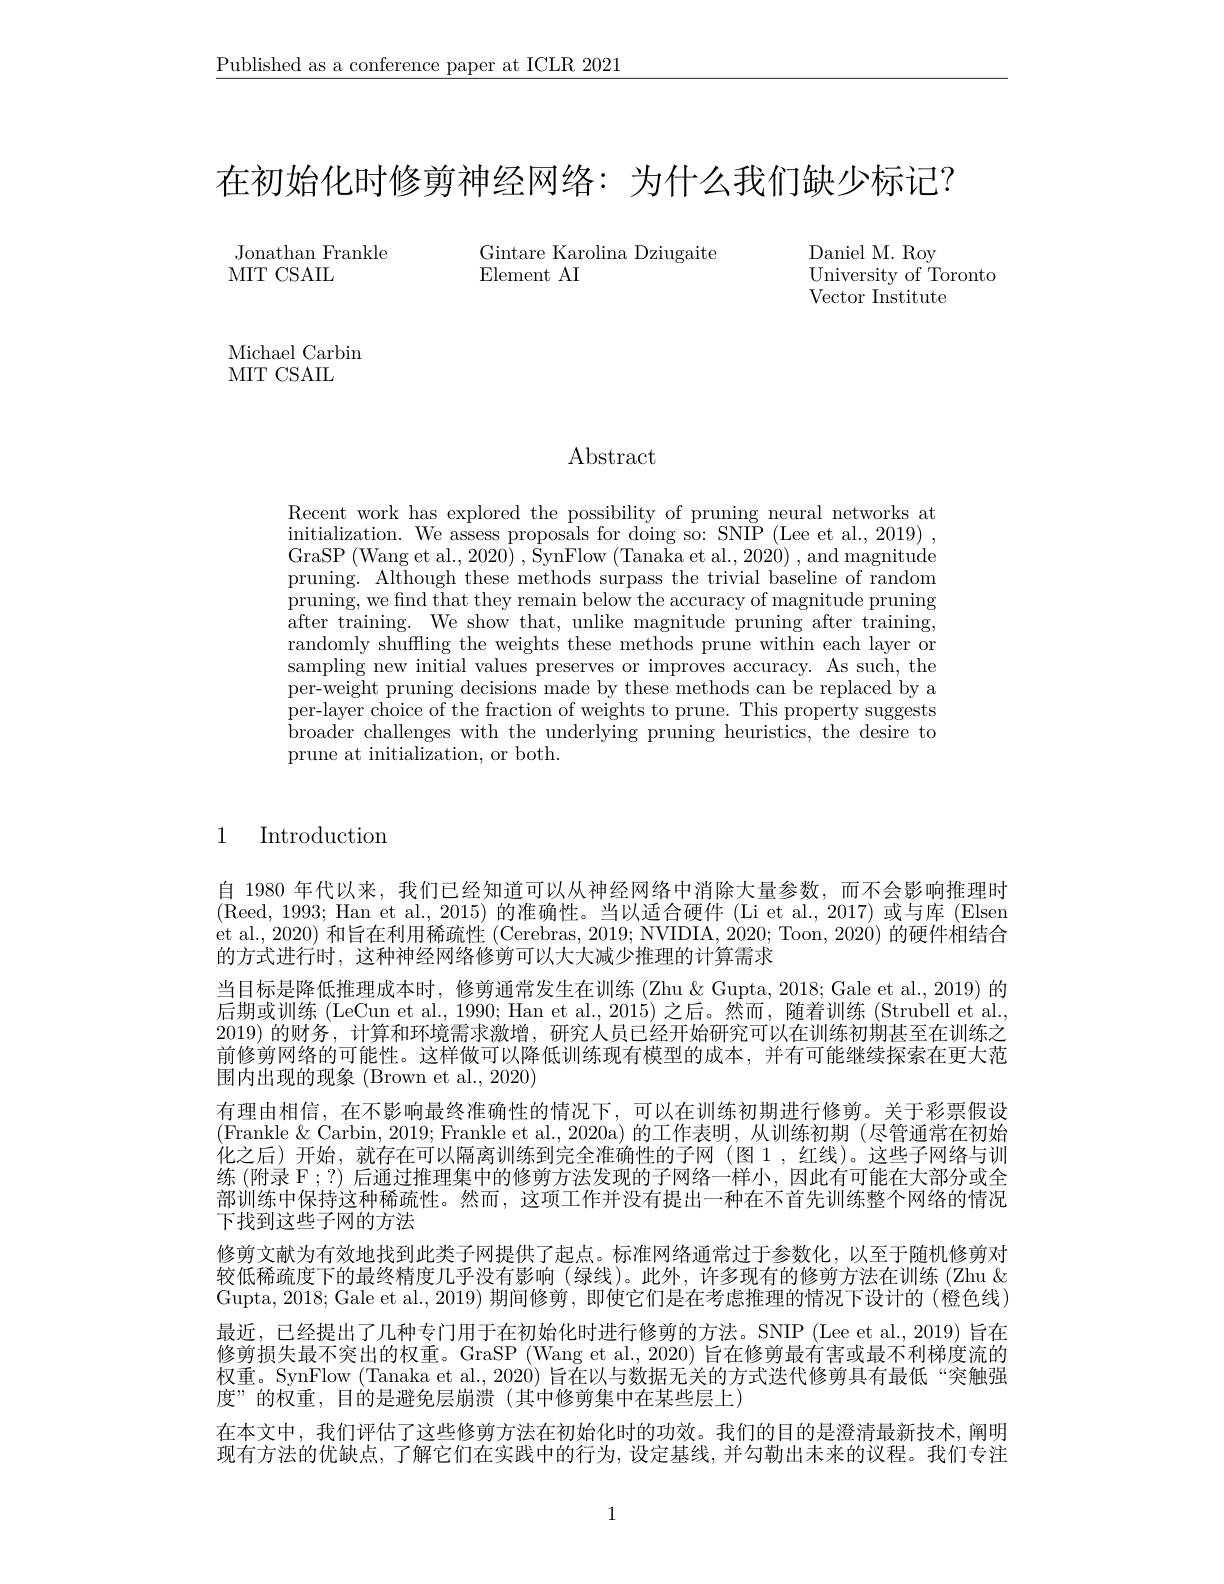
$\underline{\text{Published as a conference paper at ICLR 2021}}$

在初始化时修剪神经网络：为什么我们缺少标记？

Gintare Karolina Dziugaite
Element AI

Jonathan Frankle
MIT CSAIL

Daniel M. Roy
University of Toronto
Vector Institute

Michael Carbin
MIT CSAIL

Abstract

Recent work has explored the possibility of pruning neural networks at initialization. We assess proposals for doing so: SNIP (Lee et al., 2019) , pruning. Although these methods surpass the trivial baseline of random pruning, we find that they remain below the accuracy of magnitude pruning after training. We show that, unlike magnitude pruning after training, randomly shuffling the weights these methods prune within each layer or sampling new initial values preserves or improves accuracy. As such, the per-weight pruning decisions made by these methods can be replaced by a per-layer choice of the fraction of weights to prune. This property suggests broader challenges with the underlying pruning heuristics, the desire to prune at initialization, or both.

1 Introduction

自 1980 年代以来，我们已经知道可以从神经网络中消除大量参数，而不会影响推理时(Reed, 1993; Han et al., 2015) 的准确性。当以适合硬件 (Li et al., 2017) 或与库 (Elsen et al., 2020) 和旨在利用稀疏性 (Cerebras, 2019; NVIDIA, 2020; Toon, 2020) 的硬件相结合的方式进行时，这种神经网络修剪可以大大减少推理的计算需求
当目标是降低推理成本时，修剪通常发生在训练 (Zhu & Gupta, 2018; Gale et al., 2019) 的后期或训练 (LeCun et al., 1990; Han et al., 2015) 之后。然而，随着训练 (Strubell et al., 2019) 的财务，计算和环境需求激增，研究人员已经开始研究可以在训练初期甚至在训练之前修剪网络的可能性。这样做可以降低训练现有模型的成本，并有可能继续探索在更大范围内出现的现象 (Brown et al., 2020)
有理由相信，在不影响最终准确性的情况下，可以在训练初期进行修剪。关于彩票假设(Frankle $\&$ Carbin, 2019; Frankle et al., 2020a) 的工作表明，从训练初期 (尽管通常在初始化之后)开始，就存在可以隔离训练到完全准确性的子网(图 1,红线)。这些子网络与训练 (附录 F;?) 后通过推理集中的修剪方法发现的子网络一样小，因此有可能在大部分或全部训练中保持这种稀疏性。然而，这项工作并没有提出一种在不首先训练整个网络的情况下找到这些子网的方法
修剪文献为有效地找到此类子网提供了起点。标准网络通常过于参数化，以至于随机修剪对较低稀疏度下的最终精度几乎没有影响(绿线)。此外，许多现有的修剪方法在训练(Zhu& Gupta, 2018; Gale et al., 2019) 期间修剪，即使它们是在考虑推理的情况下设计的 (橙色线) 最近，已经提出了几种专门用于在初始化时进行修剪的方法。SNIP (Lee et al., 2019) 旨在修剪损失最不突出的权重。GraSP (Wang et al., 2020) 旨在修剪最有害或最不利梯度流的权重。SynFlow (Tanaka et al., 2020) 旨在以与数据无关的方式迭代修剪具有最低 “突触强度”的权重，目的是避免层崩溃(其中修剪集中在某些层上)
在本文中，我们评估了这些修剪方法在初始化时的功效。我们的目的是澄清最新技术，阐明现有方法的优缺点，了解它们在实践中的行为，设定基线，并勾勒出未来的议程。我们专注

1